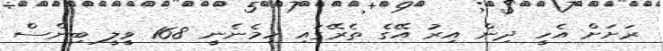
ރަށަށް އެހީ ދިން އިރު އޭގެ ތެރޭގައި ހިމެނެނީ 168 ވީލީ ބިންސް